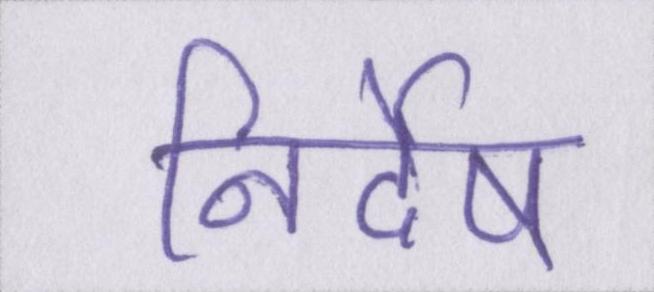
निर्देष